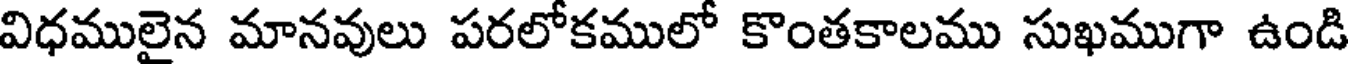
విధములైన మానవులు పరలోకములో కొంతకాలము సుఖముగా ఉండి